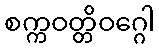
စက္ကဝတ္တိဝဂ္ဂေါ